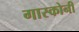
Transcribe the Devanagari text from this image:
गास्कोनी